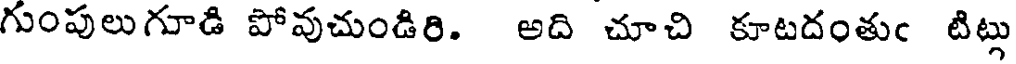
గుంపులుగూడి పోవుచుండిరి. అది చూచి కూటదంతుం టిట్లు